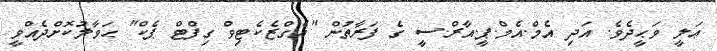
ޢަލީ ވަޙީދެވެ. އަދި އެމް.އެމް.ޕީ.އާރް.ސީ ގެ ފަރާތުން "އެގްޒެކެޓިވް ގިފްޓް ޕެކް" ޙަވާލުކޮށްދެއްވީ